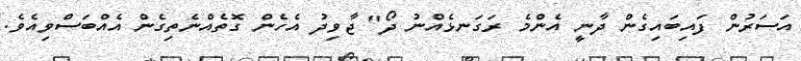
އަސަރުން ފައިބައިގެން ދާނީ އެންމެ ރަގަނޅެއްނު ދޯ" ޖާވިދު އެހެން ގޮތެއްނެތިގެން އެއްބަސްވިއެވެ.